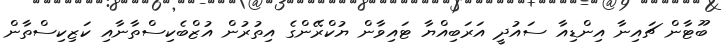
ބޫޓާން ޗައިނާ އިންޑިއާ ސައުދީ އަރަބިއްޔާ ޓައިވާން ޔުކްރޭންގެ އިތުރުން އުޒްބެކިސްތާނާއި ކަޒިކިސްތާން